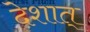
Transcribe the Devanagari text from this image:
देशात्